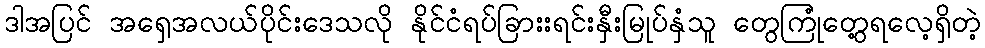
ဒါအပြင် အရှေအလယ်ပိုင်းဒေသလို နိုင်ငံရပ်ခြားးရင်းနှီးမြုပ်နှံသူ တွေကြုံတွေ့ရလေ့ရှိတဲ့